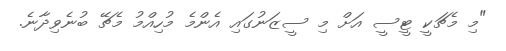
"މި މެޗަކީ ޓީސީ އަށް މި ސީޒަނުގައި އެންމެ މުހިއްމު މެޗޭ ބުނެވިދާނެ.